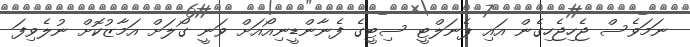
ނަމަވެސް ޖެހިޖެހިގެން އައި ޕެނަލްޓީ ސިޓީގެ ފެނާންޑީނިއޯއަށް ވަނީ ގޯލަށް އަމާޒުކޮށް ނުލެވިފަ